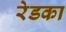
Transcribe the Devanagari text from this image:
रेडका